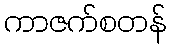
ကာဇက်စတန်